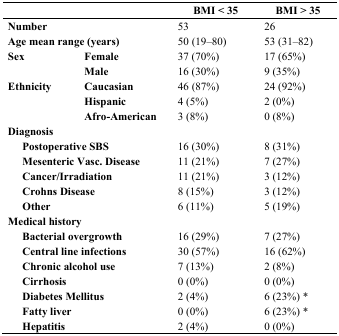
<table><thead><tr><td colspan="3">[EMPTY_CELL]</td><td><b>BMI &lt; 35</b></td><td><b>BMI &gt; 35</b></td></tr></thead><tbody><tr><td colspan="3"><b>Number</b></td><td>53</td><td>26</td></tr><tr><td colspan="3"><b>Age mean range (years)</b></td><td>50 (19–80)</td><td>53 (31–82)</td></tr><tr><td colspan="2"><b>Sex</b></td><td><b>Female</b></td><td>37 (70%)</td><td>17 (65%)</td></tr><tr><td colspan="2">[EMPTY_CELL]</td><td><b>Male</b></td><td>16 (30%)</td><td>9 (35%)</td></tr><tr><td colspan="2"><b>Ethnicity </b></td><td><b>Caucasian </b></td><td>46 (87%)</td><td>24 (92%)</td></tr><tr><td colspan="2">[EMPTY_CELL]</td><td><b>Hispanic</b></td><td>4 (5%)</td><td>2 (0%)</td></tr><tr><td colspan="2">[EMPTY_CELL]</td><td><b>Afro-American</b></td><td>3 (8%)</td><td>0 (8%)</td></tr><tr><td colspan="3"><b>Diagnosis</b></td><td>[EMPTY_CELL]</td><td>[EMPTY_CELL]</td></tr><tr><td>[EMPTY_CELL]</td><td><b>Postoperative SBS</b></td><td>[EMPTY_CELL]</td><td>16 (30%)</td><td>8 (31%)</td></tr><tr><td>[EMPTY_CELL]</td><td><b>Mesenteric Vasc. Disease</b></td><td>[EMPTY_CELL]</td><td>11 (21%)</td><td>7 (27%)</td></tr><tr><td>[EMPTY_CELL]</td><td><b>Cancer/Irradiation</b></td><td>[EMPTY_CELL]</td><td>11 (21%)</td><td>3 (12%)</td></tr><tr><td>[EMPTY_CELL]</td><td><b>Crohns Disease</b></td><td>[EMPTY_CELL]</td><td>8 (15%)</td><td>3 (12%)</td></tr><tr><td>[EMPTY_CELL]</td><td><b>Other</b></td><td>[EMPTY_CELL]</td><td>6 (11%)</td><td>5 (19%)</td></tr><tr><td colspan="3"><b>Medical history</b></td><td>[EMPTY_CELL]</td><td>[EMPTY_CELL]</td></tr><tr><td>[EMPTY_CELL]</td><td><b>Bacterial overgrowth</b></td><td>[EMPTY_CELL]</td><td>16 (29%)</td><td>7 (27%)</td></tr><tr><td>[EMPTY_CELL]</td><td><b>Central line infections</b></td><td>[EMPTY_CELL]</td><td>30 (57%)</td><td>16 (62%)</td></tr><tr><td>[EMPTY_CELL]</td><td><b>Chronic alcohol use</b></td><td>[EMPTY_CELL]</td><td>7 (13%)</td><td>2 (8%)</td></tr><tr><td>[EMPTY_CELL]</td><td><b>Cirrhosis</b></td><td>[EMPTY_CELL]</td><td>0 (0%)</td><td>0 (0%)</td></tr><tr><td>[EMPTY_CELL]</td><td><b>Diabetes Mellitus</b></td><td>[EMPTY_CELL]</td><td>2 (4%)</td><td>6 (23%) *</td></tr><tr><td>[EMPTY_CELL]</td><td><b>Fatty liver</b></td><td>[EMPTY_CELL]</td><td>0 (0%)</td><td>6 (23%) *</td></tr><tr><td>[EMPTY_CELL]</td><td><b>Hepatitis</b></td><td>[EMPTY_CELL]</td><td>2 (4%)</td><td>0 (0%)</td></tr></tbody></table>